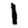
Digit: 1